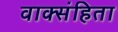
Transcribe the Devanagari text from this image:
वाक्संहिता